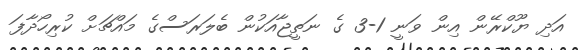
އަދި ޔޫކްރޭން އިން ވަނީ 1-3 ގެ ނަތީޖާއަކުން ބެލަރަސްގެ މައްޗަށް ކުރިހޯދާފަ